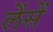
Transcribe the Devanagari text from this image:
लेंसें